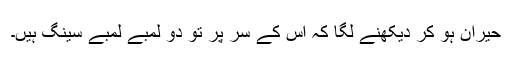
حیران ہو کر دیکھنے لگا کہ اس کے سر پر تو دو لمبے لمبے سینگ ہیں۔